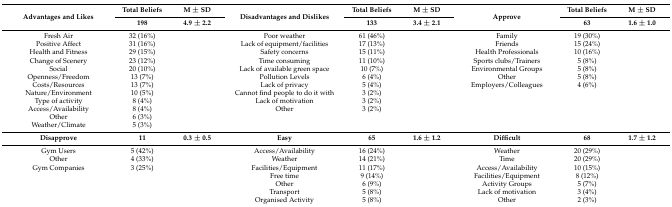
| <ROWSPAN=2> Advantages and Likes | Total Beliefs | M ± SD | <ROWSPAN=2> Disadvantages and Dislikes | Total Beliefs | M ± SD | <ROWSPAN=2> Approve | Total Beliefs | M ± SD |
 | 198 | 4.9 ± 2.2 | 133 | 3.4 ± 2.1 | 63 | 1.6 ± 1.0 |
 | --- | --- | --- | --- | --- | --- | --- | --- | --- |
 | Fresh Air | 32 (16%) |  | Poor weather | 61 (46%) |  | Family | 19 (30%) |  |
 | Positive Affect | 31 (16%) |  | Lack of equipment/facilities | 17 (13%) |  | Friends | 15 (24%) |  |
 | Health and Fitness | 29 (15%) |  | Safety concerns | 15 (11%) |  | Health Professionals | 10 (16%) |  |
 | Change of Scenery | 23 (12%) |  | Time consuming | 11 (10%) |  | Sports clubs/Trainers | 5 (8%) |  |
 | Social | 20 (10%) |  | Lack of available green space | 10 (7%) |  | Environmental Groups | 5 (8%) |  |
 | Openness/Freedom | 13 (7%) |  | Pollution Levels | 6 (4%) |  | Other | 5 (8%) |  |
 | Costs/Resources | 13 (7%) |  | Lack of privacy | 5 (4%) |  | Employers/Colleagues | 4 (6%) |  |
 | Nature/Environment | 10 (5%) |  | Cannot find people to do it with | 3 (2%) |  |  |  |  |
 | Type of activity | 8 (4%) |  | Lack of motivation | 3 (2%) |  |  |  |  |
 | Access/Availability | 8 (4%) |  | Other | 3 (2%) |  |  |  |  |
 | Other | 6 (3%) |  |  |  |  |  |  |  |
 | Weather/Climate | 5 (3%) |  |  |  |  |  |  |  |
 | Disapprove | 11 | 0.3 ± 0.5 | Easy | 65 | 1.6 ± 1.2 | Difficult | 68 | 1.7 ± 1.2 |
 | Gym Users | 5 (42%) |  | Access/Availability | 16 (24%) |  | Weather | 20 (29%) |  |
 | Other | 4 (33%) |  | Weather | 14 (21%) |  | Time | 20 (29%) |  |
 | Gym Companies | 3 (25%) |  | Facilities/Equipment | 11 (17%) |  | Access/Availability | 10 (15%) |  |
 |  |  |  | Free time | 9 (14%) |  | Facilities/Equipment | 8 (12%) |  |
 |  |  |  | Other | 6 (9%) |  | Activity Groups | 5 (7%) |  |
 |  |  |  | Transport | 5 (8%) |  | Lack of motivation | 3 (4%) |  |
 |  |  |  | Organised Activity | 5 (8%) |  | Other | 2 (3%) |  |